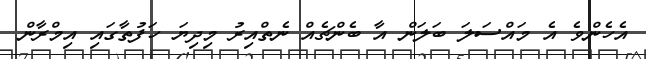
އެހެންވެ އެ މައްސަލަ ބަލަން އާ ބެންޗެއް ނެތްއިރު މިދިޔަ ހަފުތާގައި އިމްރާން